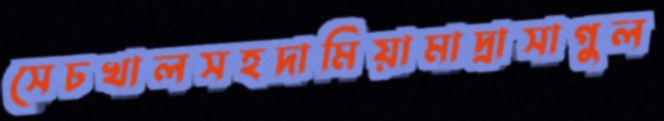
সেচখালসহদামিয়ামাদ্রাসাগুল